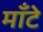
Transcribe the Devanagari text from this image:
मॉँटे